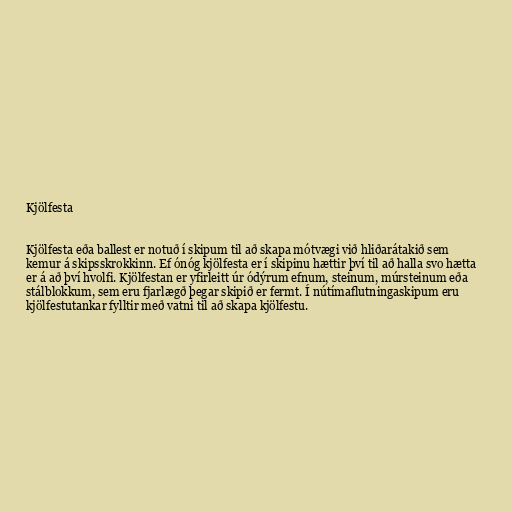
Kjölfesta

Kjölfesta eða ballest er notuð í skipum til að skapa mótvægi við hliðarátakið sem
kemur á skipsskrokkinn. Ef ónóg kjölfesta er í skipinu hættir því til að halla svo hætta
er á að því hvolfi. Kjölfestan er yfirleitt úr ódýrum efnum, steinum, múrsteinum eða
stálblokkum, sem eru fjarlægð þegar skipið er fermt. Í nútímaflutningaskipum eru
kjölfestutankar fylltir með vatni til að skapa kjölfestu.